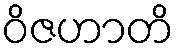
ဝိဇဟာတိ